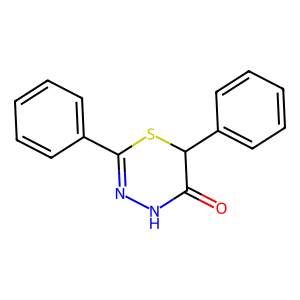
SMILES: O=C1NN=C(c2ccccc2)SC1c1ccccc1
Inhibits HIV replication: No